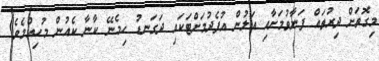
މިގޮތަށް ދިރުތައް ފަނާވުމަށާއި އަލުން އުފެދުމަށްޓަކައި ދަގަނޑު ހިމެނޭ ކާނާ ކެއުން މުހިއްމެވެ.